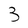
Character: 3